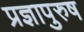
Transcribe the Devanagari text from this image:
प्रज्ञापुरुष